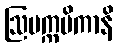
ဩပက္ကမိကာနိ